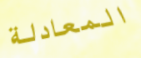
المعادلة